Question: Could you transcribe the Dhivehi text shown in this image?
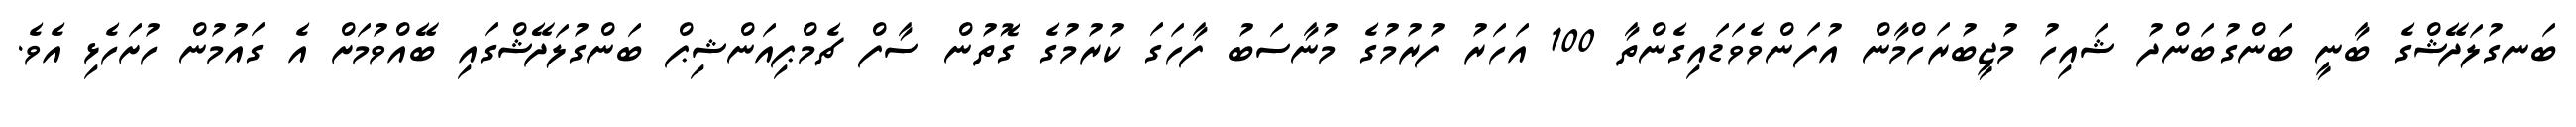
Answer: ބަނގުލަދޭޝްގެ ބާނީ ބަންގުބަންދު ޝައިހު މުޖީބުރަހްމާން އުފަންވެވަޑައިގެންތާ 100 އަހަރު ފުރުމުގެ މުނާސަބު ފާހަގަ ކުރުމުގެ ގޮތުން ސާފް ޗެމްޕިއަންޝިޕް ބަންގުލަދޭޝްގައި ބޭއްވުމަށް އެ ގައުމުން ހުށަހެޅި އެވެ.